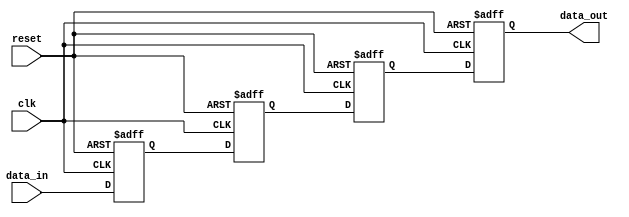
module multistage_register #(
    parameter WIDTH = 8,     // Width of the data
    parameter STAGES = 4     // Number of pipeline stages
) (
    input  wire              clk,       // Clock signal
    input  wire              reset,     // Asynchronous reset
    input  wire [WIDTH-1:0] data_in,   // Data input
    output wire [WIDTH-1:0] data_out   // Data output
);

    // Internal registers to hold the data at each stage
    reg [WIDTH-1:0] stage_reg [0:STAGES-1];

    // Sequential logic for each stage of the register
    integer i;
    always @(posedge clk or posedge reset) begin
        if (reset) begin
            // Reset all stages to zero
            for (i = 0; i < STAGES; i = i + 1) begin
                stage_reg[i] <= {WIDTH{1'b0}};
            end
        end else begin
            // Shift data through the pipeline stages
            stage_reg[0] <= data_in;       // Capture data input in the first stage
            for (i = 1; i < STAGES; i = i + 1) begin
                stage_reg[i] <= stage_reg[i - 1]; // Pass the data to the next stage
            end
        end
    end

    // Assign the output of the last stage to the data_out
    assign data_out = stage_reg[STAGES - 1];

endmodule